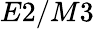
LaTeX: E2/M3